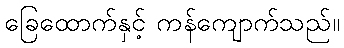
ခြေထောက်နှင့် ကန်ကျောက်သည်။